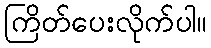
ကြိတ်ပေးလိုက်ပါ။